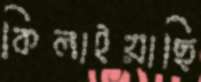
কিলাইয়াছি